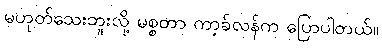
မဟုတ်သေးဘူးလို့ မစ္စတာ ကာ့ခ်လန်က ပြောပါတယ်။